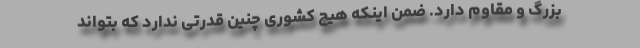
بزرگ و مقاوم دارد. ضمن اینکه هیچ کشوری چنین قدرتی ندارد که بتواند